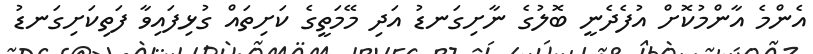
އެންމެ އާންމުކޮށް އުފެދެނީ ބޮލުގެ ނާށިގަނޑު އަދި މޭމަތީގެ ކަށިތައް ގުޅިފައިވާ ފަތިކަށިގަނޑު